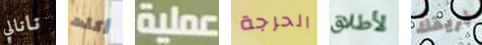
نانالي أكلت عملية الحرجة لأطلاق فريقك